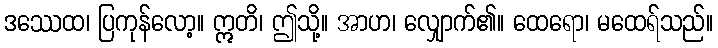
ဒဿေထ၊ ပြကုန်လော့။ ဣတိ၊ ဤသို့။ အာဟ၊ လျှောက်၏။ ထေရော၊ မထေရ်သည်။